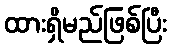
ထားရှိမည်ဖြစ်ပြီး